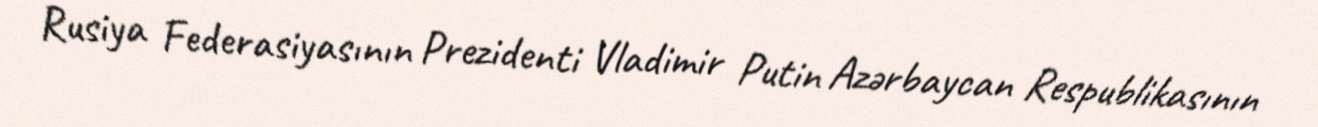
Rusiya Federasiyasının Prezidenti Vladimir Putin Azərbaycan Respublikasının